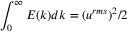
\int _ { 0 } ^ { \infty } E ( k ) d k = ( u ^ { r m s } ) ^ { 2 } / 2